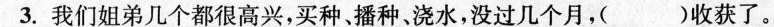
3.我们姐弟几个都很高兴，买种、播种、浇水，没过几个月，( )收获了。